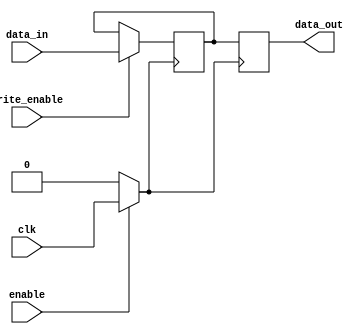
module clock_gating_memory (
    input wire clk,            // Input clock signal
    input wire enable,         // Enable signal for clock gating
    input wire [7:0] data_in,  // Data input for memory
    input wire write_enable,    // Write enable signal
    output reg [7:0] data_out   // Data output from memory
);

    // Gated clock signal
    wire gated_clk;

    // Clock Gating Logic
    assign gated_clk = enable ? clk : 1'b0;

    // Memory storage (simple register array for demonstration)
    reg [7:0] memory [0:15]; // 16 x 8-bit memory

    // Write and Read operations
    always @(posedge gated_clk) begin
        if (write_enable) begin
            // Write data to memory
            memory[0] <= data_in; // Writing to address 0 for simplicity
        end
        // Read data from memory
        data_out <= memory[0]; // Reading from address 0 for simplicity
    end

endmodule